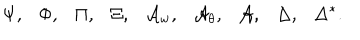
LaTeX: \Psi , \Phi , \Pi , \Xi , { \cal A } _ { w } , { \cal A } _ { \theta } , { \cal A } , \Delta , \Delta ^ { * } .